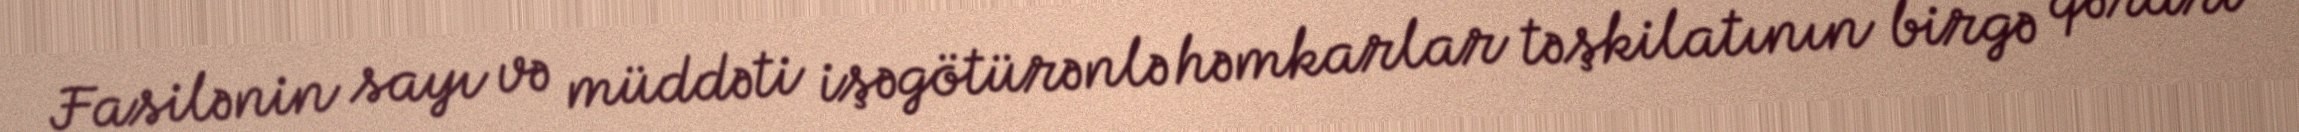
Fasilənin sayı və müddəti işəgötürənlə həmkarlar təşkilatının birgə qərarı